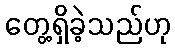
တွေ့ရှိခဲ့သည်ဟု